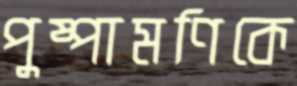
পুষ্পামণিকে